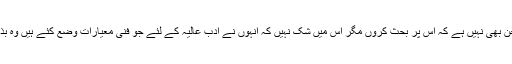
ویسے سرِ دست یہ میرا موضوعِ سخن بھی نہیں ہے کہ اس پر بحث کروں مگر اس میں شک نہیں کہ انہوں نے ادبِ عالیہ کے لئے جو فنی معیارات وضع کئے ہیں وہ بذات خود شہکار کا درجہ رکھتے ہیں۔